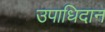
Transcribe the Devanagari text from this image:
उपाधिदान